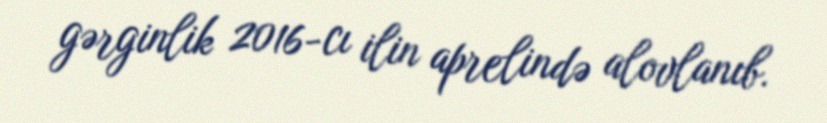
gərginlik 2016-cı ilin aprelində alovlanıb.